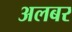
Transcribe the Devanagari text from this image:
अलबर